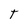
Character: T